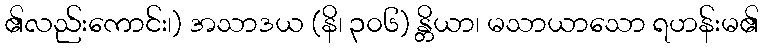
၏လည်းကောင်း၊) အသာဒယ (နိ၊ ၃၀၆) န္တိယာ၊ မသာယာသော ရဟန်းမ၏